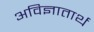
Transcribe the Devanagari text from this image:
अविज्ञातार्थ